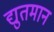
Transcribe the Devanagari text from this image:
द्युतमान